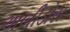
અબીડોસ